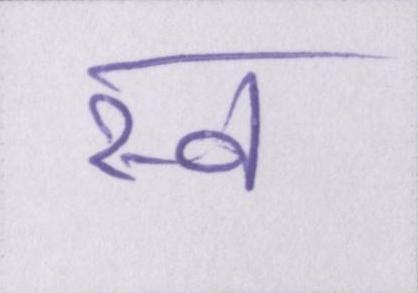
स्व